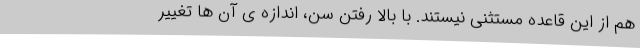
هم از این قاعده مستثنی نیستند. با بالا رفتن سن، اندازه ی آن ها تغییر